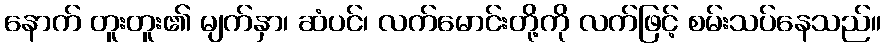
နောက် တူးတူး၏ မျက်နှာ၊ ဆံပင်၊ လက်မောင်းတို့ကို လက်ဖြင့် စမ်းသပ်နေသည်။